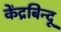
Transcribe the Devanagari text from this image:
केंद्रबिन्दू